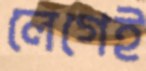
লেগেই